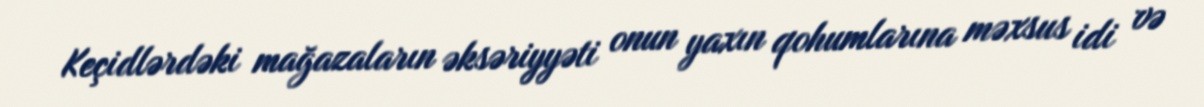
Keçidlərdəki mağazaların əksəriyyəti onun yaxın qohumlarına məxsus idi və